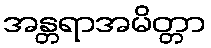
အန္တရာအမိတ္တာ